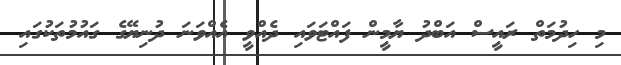
މި ހިދުމަތް ރައީސް އަބްދު ޔާމީން ފައްޓަވައި ދެއްވީ އެއްވަނަ ދުނިޔޭގެ ގައުމުތަކުގައި